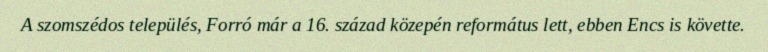
A szomszédos település, Forró már a 16. század közepén református lett, ebben Encs is követte.